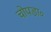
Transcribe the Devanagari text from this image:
चोपडा०